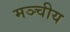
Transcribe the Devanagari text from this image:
मञ्चीय